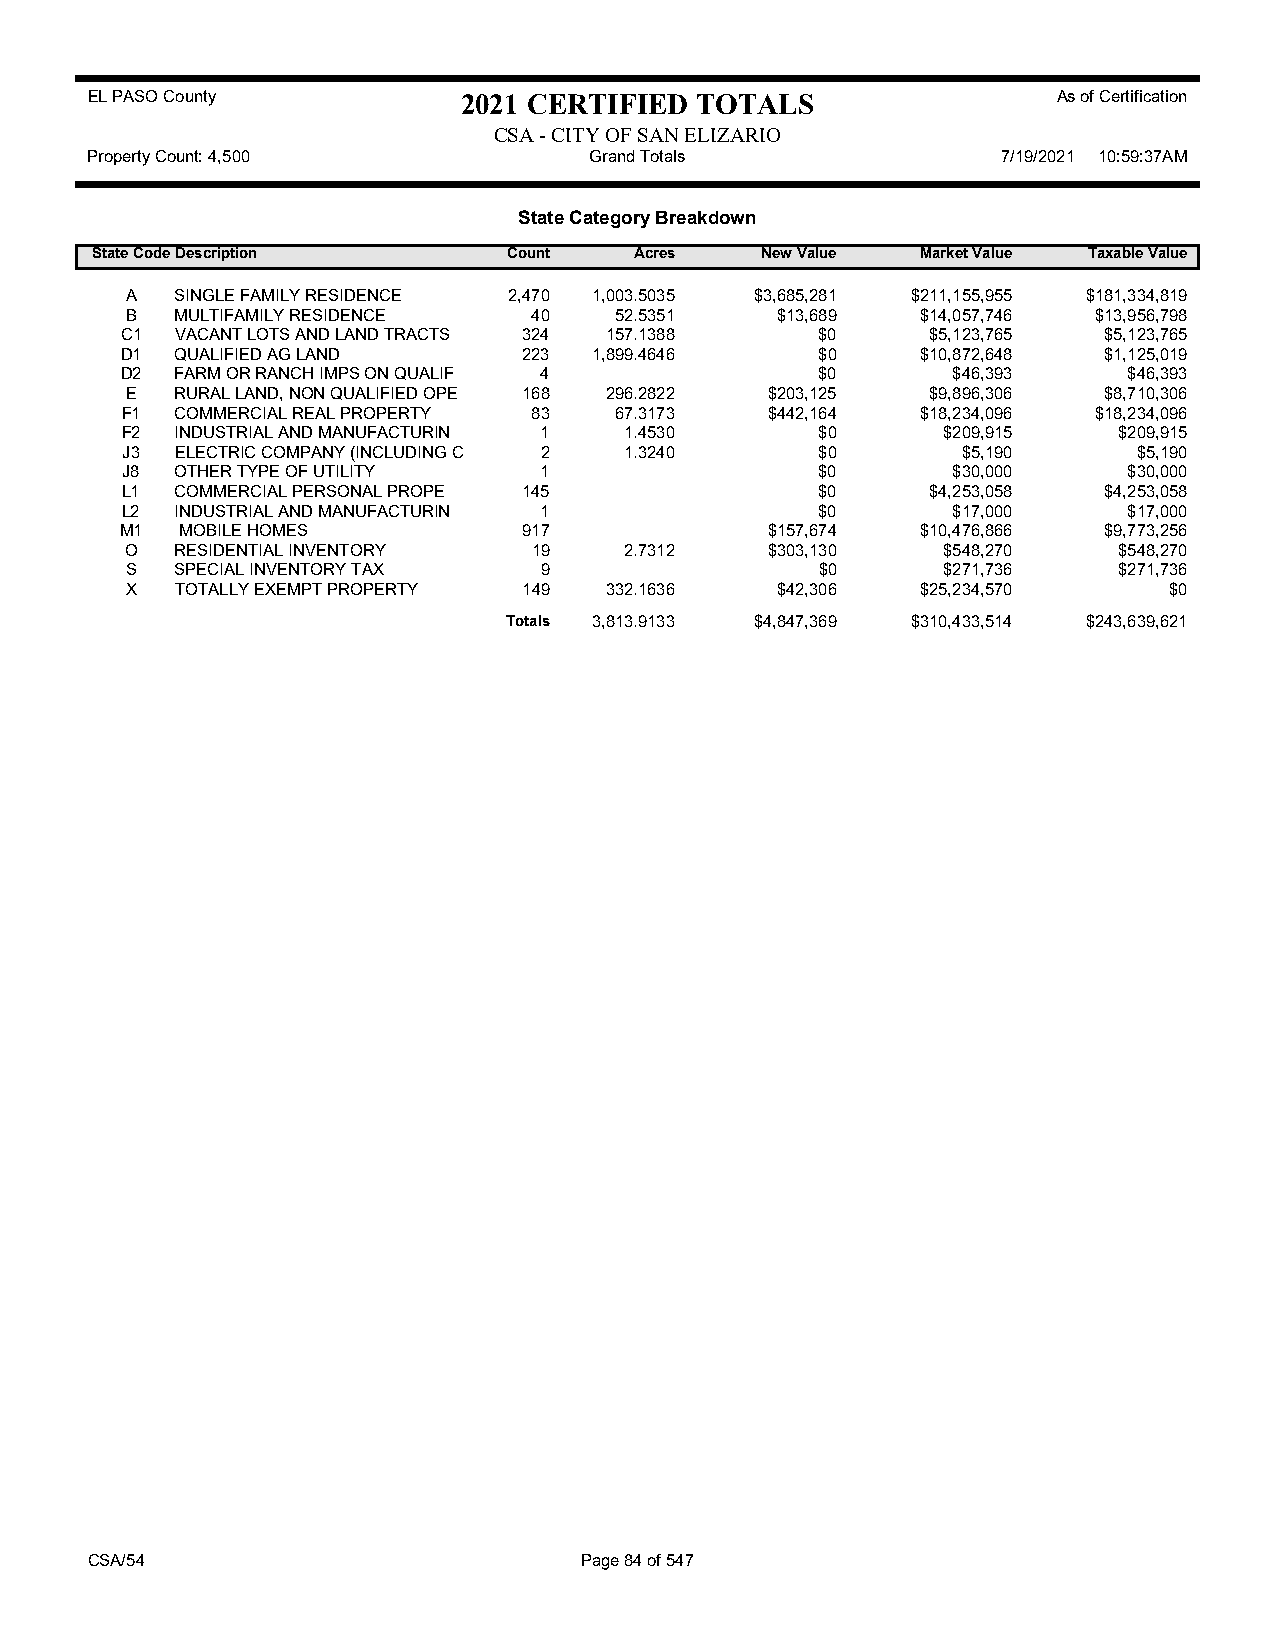
EL PASO County           2021 CERTIFIED TOTALS                  As of Certification
 CSA - CITY OF SAN ELIZARIO
 Property Count: 4,500            Grand Totals               7/19/2021 10:59:37AM
 State Category Breakdown
 State CodeDescription       Count   Acres   New Value  Market Value Taxable Value
 A   SINGLE FAMILY RESIDENCE 2,470 1,003.5035 $3,685,281 $211,155,955 $181,334,819
 B   MULTIFAMILY RESIDENCE  40    52.5351   $13,689   $14,057,746 $13,956,798
 C1  VACANT LOTS AND LAND TRACTS 324 157.1388  $0      $5,123,765 $5,123,765
 D1  QUALIFIED AG LAND      223 1,899.4646     $0     $10,872,648 $1,125,019
 D2  FARM OR RANCH IMPS ON QUALIF 4            $0       $46,393     $46,393
 E   RURAL LAND, NON QUALIFIED OPE 168 296.2822 $203,125 $9,896,306 $8,710,306
 F1  COMMERCIAL REAL PROPERTY 83  67.3173   $442,164  $18,234,096 $18,234,096
 F2  INDUSTRIAL AND MANUFACTURIN 1 1.4530      $0      $209,915    $209,915
 J3  ELECTRIC COMPANY (INCLUDING C 2 1.3240    $0        $5,190     $5,190
 J8  OTHER TYPE OF UTILITY   1                 $0       $30,000     $30,000
 L1  COMMERCIAL PERSONAL PROPE 145             $0      $4,253,058 $4,253,058
 L2  INDUSTRIAL AND MANUFACTURIN 1             $0       $17,000     $17,000
 M1  MOBILE HOMES           917             $157,674  $10,476,866 $9,773,256
 O   RESIDENTIAL INVENTORY  19    2.7312    $303,130   $548,270    $548,270
 S   SPECIAL INVENTORY TAX   9                 $0      $271,736    $271,736
 X   TOTALLY EXEMPT PROPERTY 149 332.1636   $42,306   $25,234,570     $0
 Totals 3,813.9133 $4,847,369 $310,433,514 $243,639,621
 CSA/54                          Page 84 of 547